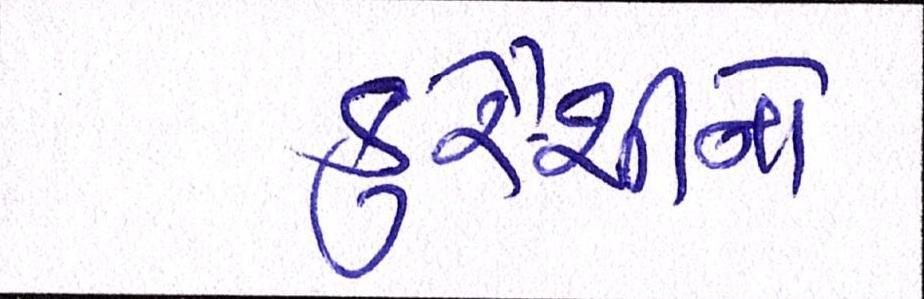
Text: કુરૈશીનો